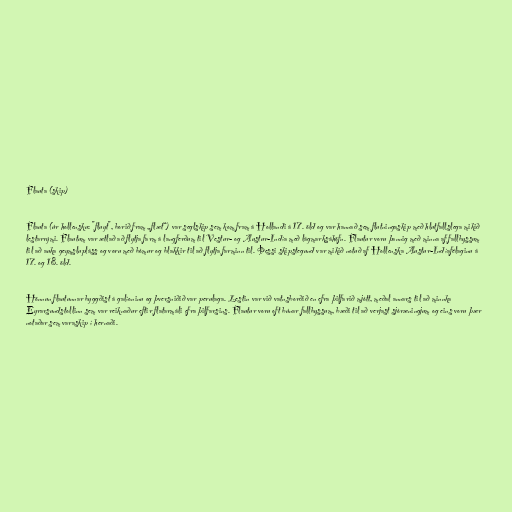
Flauta (skip)

Flauta (úr hollensku: "fluyt", borið fram „flæt“) var seglskip sem kom fram á Hollandi á 17. öld og var hannað sem flutningaskip með hlutfallslega mikið
lestarrými. Flautum var ætlað að flytja farm á langferðum til Vestur- og Austur-Indía með lágmarksáhöfn. Flautur voru þannig með minna af fallbyssum
til að auka geymslupláss og voru með bómur og blakkir til að flytja farminn til. Þessi skipstegund var mikið notuð af Hollenska Austur-Indíafélaginu á
17. og 18. öld.

Hönnun flautunnar byggðist á galíoninu og þversniðið var perulaga. Lestin var við vatnsborðið en efra þilfarið mjótt, meðal annars til að minnka
Eyrarsundstollinn sem var reiknaður eftir flatarmáli efra þilfarsins. Flautur voru oft búnar fallbyssum, bæði til að verjast sjóræningjum og eins voru þær
notaðar sem varaskip í hernaði.